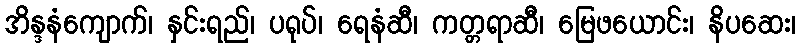
အိန္ဒနံကျောက်၊ နှင်းရည်၊ ပရုပ်၊ ရေနံဆီ၊ ကတ္တရာဆီ၊ မြေဖယောင်း၊ နိပဆေး၊